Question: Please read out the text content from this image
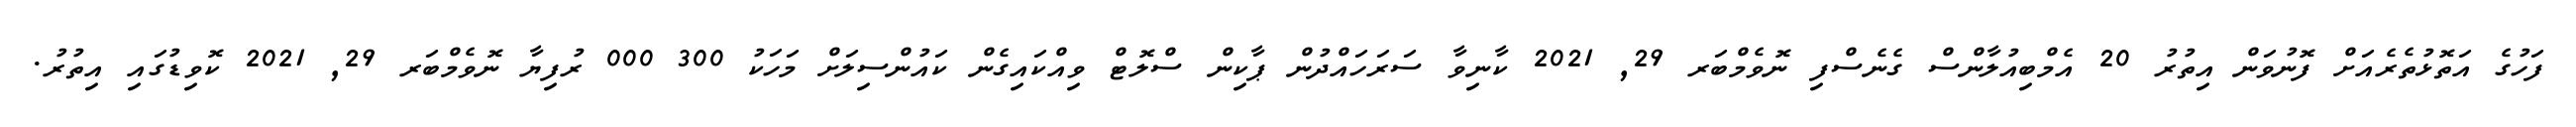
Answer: ފަހުގެ އަތޮޅުތެރެއަށް ފޮނުވަން އިތުރު 20 އެމްބިއުލާންސް ގެނެސްފި ނޮވެމްބަރ 29, 2021 ކާނިވާ ސަރަހައްދުން ޕާކިން ސްލޮޓް ވިއްކައިގެން ކައުންސިލަށް މަހަކު 300 000 ރުފިޔާ ނޮވެމްބަރ 29, 2021 ކޮވިޑުގައި އިތުރު.